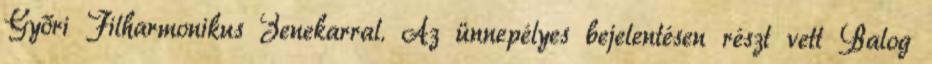
Győri Filharmonikus Zenekarral. Az ünnepélyes bejelentésen részt vett Balog